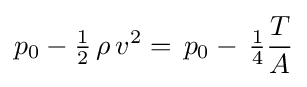
p_{0}-{\tfrac {1}{2}}\,\rho \,v^{2}=\,p_{0}-\,{\tfrac {1}{4}}{\frac {T}{A}}